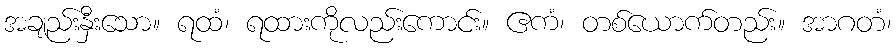
အချည်းနှီးသော။ ရထံ၊ ရထားကိုလည်းကောင်း။ ဧကံ၊ တစ်ယောက်တည်း။ အာဂတံ၊